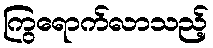
ကြွရောက်လာသည့်